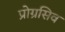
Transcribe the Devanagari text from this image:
प्रोग्रसिव